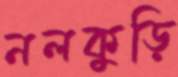
নলকুড়ি